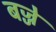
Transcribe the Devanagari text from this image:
बज्जे